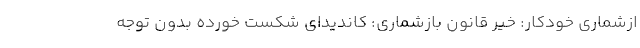
ازشماری خودکار: خیر قانون بازشماری: کاندیدای شکست خورده بدون توجه